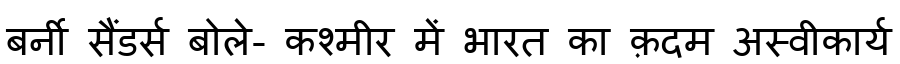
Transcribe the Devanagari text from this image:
बर्नी सैंडर्स बोले- कश्मीर में भारत का क़दम अस्वीकार्य